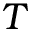
T